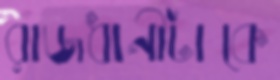
রাজধানীটাকে